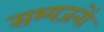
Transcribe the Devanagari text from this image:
सभ्यजनों